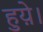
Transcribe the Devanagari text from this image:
हुय़े।